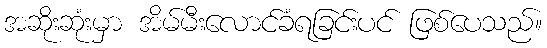
အဆိုးဆုံးမှာ အိမ်မီးလောင်ခံရခြင်းပင် ဖြစ်ပေသည်။